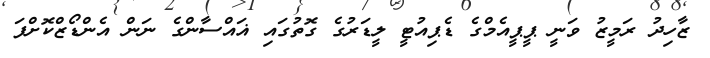
ޒާހިދު ރަމީޒު ވަނީ ޕީޕީއެމްގެ ޑެޕިއުޓީ ލީޑަރުގެ ގޮތުގައި ޣައްސާންގެ ނަން އެންޑޯޒްކޮށްފަ